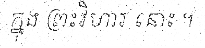
ក្នុង ព្រះវិហារ នោះ ។